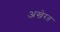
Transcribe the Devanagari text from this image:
अखेरत